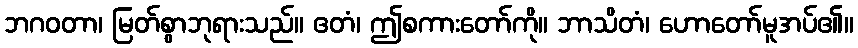
ဘဂဝတာ၊ မြတ်စွာဘုရားသည်။ ဧတံ၊ ဤစကားတော်ကို။ ဘာသိတံ၊ ဟောတော်မူအပ်၏။